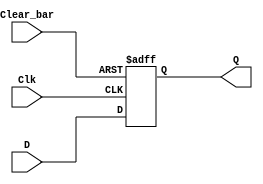
module ttl_74273 #(parameter WIDTH = 8, DELAY_RISE = 0, DELAY_FALL = 0)
(
  input Clear_bar,
  input [WIDTH-1:0] D,
  input Clk,
  output [WIDTH-1:0] Q
);

//------------------------------------------------//
reg [WIDTH-1:0] Q_current;

always @(posedge Clk or negedge Clear_bar)
begin
  if (!Clear_bar)
    Q_current <= {WIDTH{1'b0}};
  else
    Q_current <= D;
end
//------------------------------------------------//

assign #(DELAY_RISE, DELAY_FALL) Q = Q_current;

endmodule